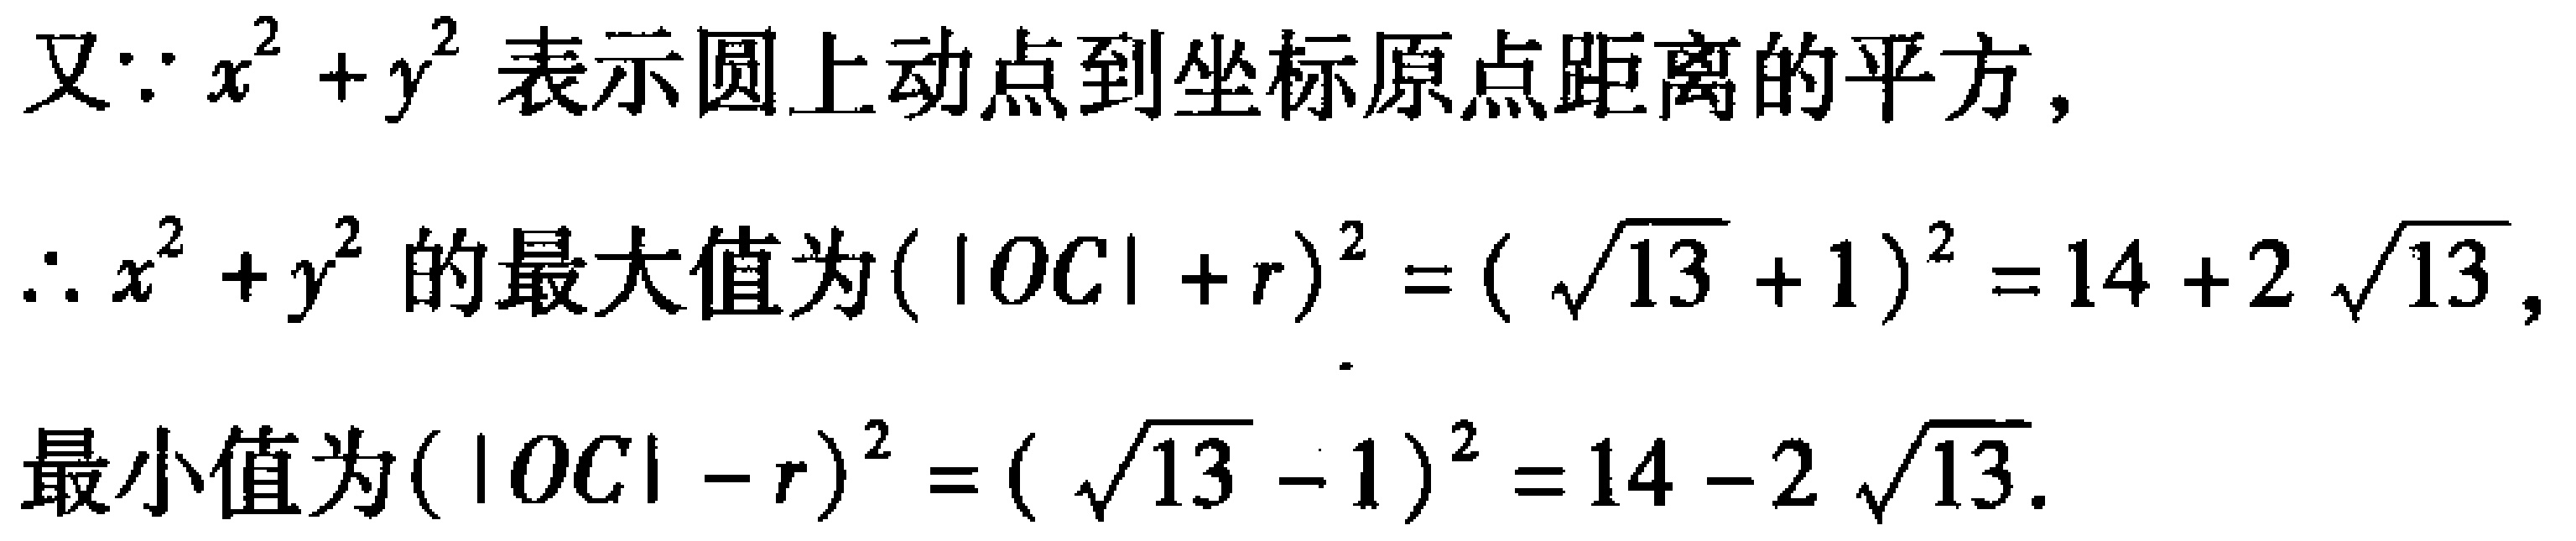
又\(\because x^{2}+y^{2}\)表示圆上动点到坐标原点距离的平方,
\(\therefore x^{2}+y^{2}\)的最大值为\((|OC| + r)^{2}=(\sqrt{13}+1)^{2}=14 + 2\sqrt{13}\),
最小值为\((|OC|-r)^{2}=(\sqrt{13}-1)^{2}=14 - 2\sqrt{13}\).